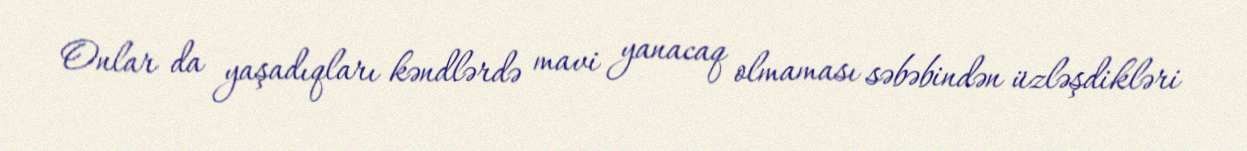
Onlar da yaşadıqları kəndlərdə mavi yanacaq olmaması səbəbindən üzləşdikləri